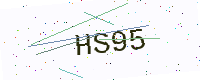
Text: HS95